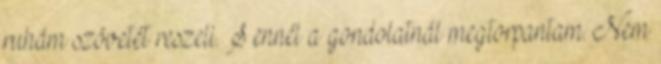
ruhám szövetét reszeli. S ennél a gondolatnál megtorpantam. Nem